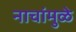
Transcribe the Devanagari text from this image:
नाचांमुळे